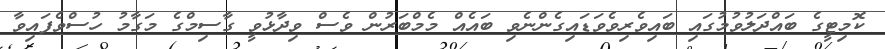
ކޮމިޓީގެ ބައްދަލުވުމުގައި ބައިވެރިވެވަޑައިގެންނެވި ބައެއް މެމްބަރުން ވެސް ވިދާޅުވީ ގާސިމްގެ މަގާމު ހުސްވެފައިވާ